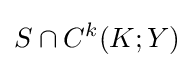
S\cap C^{k}(K;Y)